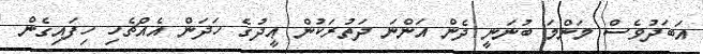
އަބަދުވެސް މަންމަ ބުނަނީ ދެން އަންނަ ދަތުރަކުން ޢީދުގެ ހަދަން އެއްޗެހި ހިފައިގެން